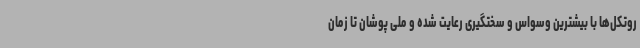
روتکل‌ها با بیشترین وسواس و سختگیری رعایت شده و ملی پوشان تا زمان